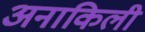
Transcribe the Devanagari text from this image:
अनाकिली